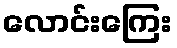
လောင်းကြေး